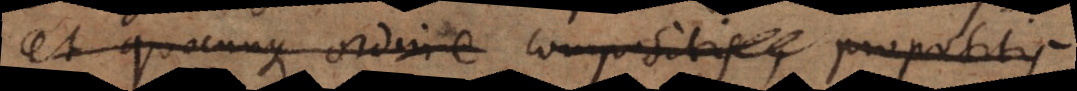
et quocunque ordine compositis, propositis